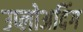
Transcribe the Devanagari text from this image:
उप्लोअदिंग